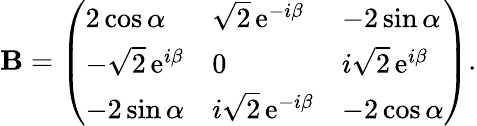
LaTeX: \mathbf{B}=\left(\begin{array}{lll}{{2\cos\alpha}}&{{\sqrt{2}\, \mathrm{e}^{-i\beta}}}&{{-2\sin\alpha}}\\ {{-\sqrt{2}\, \mathrm{e}^{i\beta}}}&{{0}}&{{i\sqrt{2}\, \mathrm{e}^{i\beta}}}\\ {{-2\sin\alpha}}&{{i\sqrt{2}\, \mathrm{e}^{-i\beta}}}&{{-2\cos\alpha}}\end{array}\right).